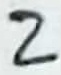
Text: 2